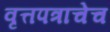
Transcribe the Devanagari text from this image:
वृत्तपत्राचेच